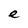
Character: e